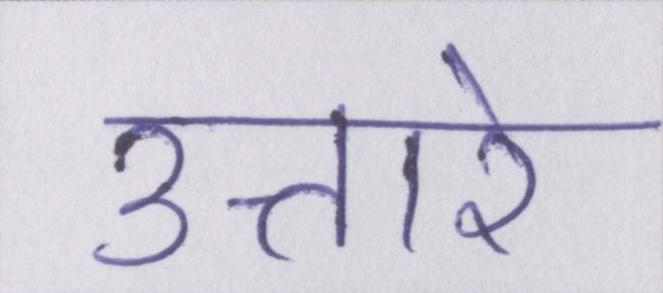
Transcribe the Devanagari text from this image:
उतारे